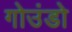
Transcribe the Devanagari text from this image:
गोउंडो